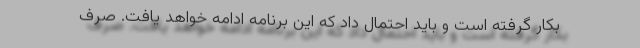
بکار گرفته است و باید احتمال داد که این برنامه ادامه خواهد یافت. صرف